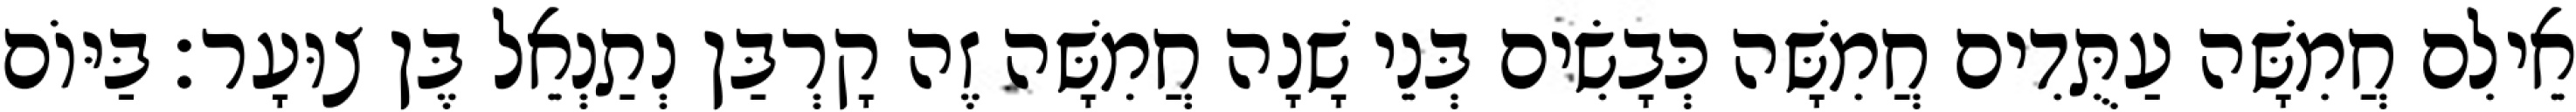
אֵילִם חֲמִשָּׁה עַתֻּדִים חֲמִשָּׁה כְּבָשִׂים בְּנֵי שָׁנָה חֲמִשָּׁה זֶה קָרְבַּן נְתַנְאֵל בֶּן צוּעָר׃ בַּיּוֹם